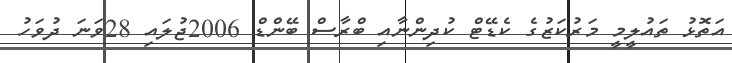
އަތޮޅު ތައުލީމީ މަރުކަޒުގެ ކެޑޭޓް ކުދިންނާއި ބްރާސް ބޭންޑް 2006ޖުލައި 28ވަނަ ދުވަހު